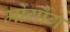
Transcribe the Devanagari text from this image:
मोगौंग